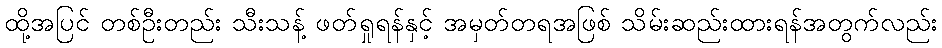
ထို့အပြင် တစ်ဦးတည်း သီးသန့် ဖတ်ရှုရန်နှင့် အမှတ်တရအဖြစ် သိမ်းဆည်းထားရန်အတွက်လည်း